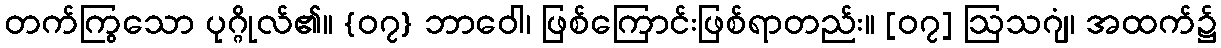
တက်ကြွသော ပုဂ္ဂိုလ်၏။ {၀၇} ဘာဝေါ၊ ဖြစ်ကြောင်းဖြစ်ရာတည်း။ [၀၇] ဩသဂျံ၊ အထက်၌